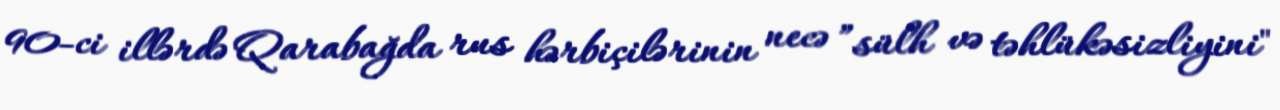
90-ci illərdə Qarabağda rus hərbiçilərinin necə ”sülh və təhlükəsizliyini"